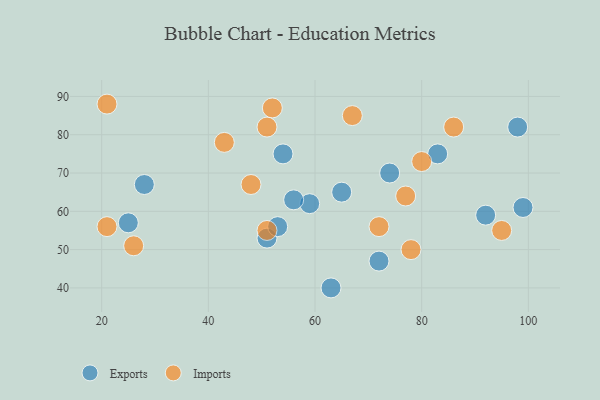
{"axis": {"x": "GDP", "y": "Life Expectancy"}, "legend": ["Exports", "Imports"], "data": [{"x": "74", "y": 70, "type": "Exports"}, {"x": "98", "y": 82, "type": "Exports"}, {"x": "59", "y": 62, "type": "Exports"}, {"x": "25", "y": 57, "type": "Exports"}, {"x": "54", "y": 75, "type": "Exports"}, {"x": "56", "y": 63, "type": "Exports"}, {"x": "51", "y": 53, "type": "Exports"}, {"x": "53", "y": 56, "type": "Exports"}, {"x": "65", "y": 65, "type": "Exports"}, {"x": "83", "y": 75, "type": "Exports"}, {"x": "28", "y": 67, "type": "Exports"}, {"x": "92", "y": 59, "type": "Exports"}, {"x": "63", "y": 40, "type": "Exports"}, {"x": "99", "y": 61, "type": "Exports"}, {"x": "72", "y": 47, "type": "Exports"}, {"x": "26", "y": 51, "type": "Imports"}, {"x": "80", "y": 73, "type": "Imports"}, {"x": "72", "y": 56, "type": "Imports"}, {"x": "77", "y": 64, "type": "Imports"}, {"x": "78", "y": 50, "type": "Imports"}, {"x": "52", "y": 87, "type": "Imports"}, {"x": "48", "y": 67, "type": "Imports"}, {"x": "67", "y": 85, "type": "Imports"}, {"x": "21", "y": 56, "type": "Imports"}, {"x": "86", "y": 82, "type": "Imports"}, {"x": "51", "y": 55, "type": "Imports"}, {"x": "95", "y": 55, "type": "Imports"}, {"x": "51", "y": 82, "type": "Imports"}, {"x": "43", "y": 78, "type": "Imports"}, {"x": "21", "y": 88, "type": "Imports"}]}